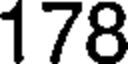
178